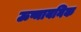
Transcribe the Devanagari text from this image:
ऊष्मायनिक